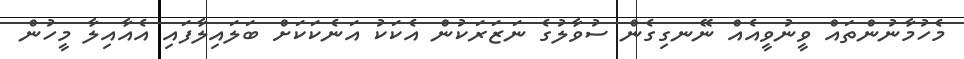
މެހުމާނުންތައް ވީނުވީއެއް ނޭނގިގެން ސުވާލުގެ ނަޒަރަކުން އެކަކު އަނެކަކަށް ބަލައިލާފައި އެއާއިލާ މީހުން